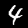
Label: 4